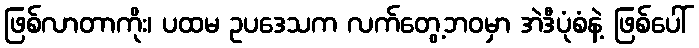
ဖြစ်လာတာကိုး၊ ပထမ ဥပဒေသက လက်တွေ့ဘဝမှာ အဲဒီပုံစံနဲ့ ဖြစ်ပေါ်